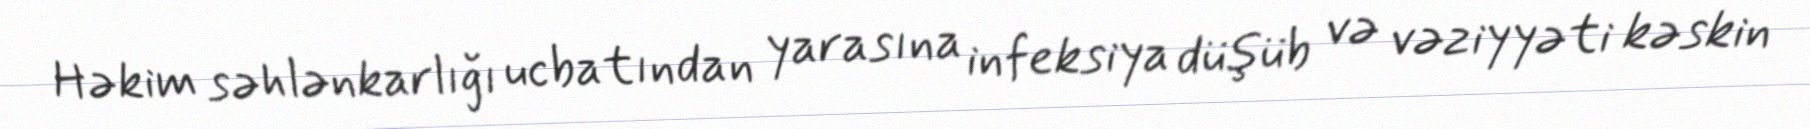
Həkim səhlənkarlığı ucbatından yarasına infeksiya düşüb və vəziyyəti kəskin